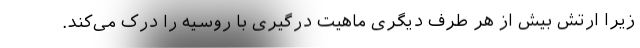
زیرا ارتش بیش از هر طرف دیگری ماهیت درگیری با روسیه را درک می‌کند.